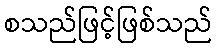
စသည်ဖြင့်ဖြစ်သည်